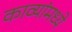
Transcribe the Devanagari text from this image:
काव्यांमध्ये